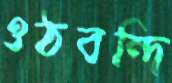
ওঠবন্দি